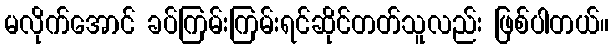
မလိုက်အောင် ခပ်ကြမ်းကြမ်းရင်ဆိုင်တတ်သူလည်း ဖြစ်ပါတယ်။